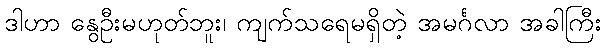
ဒါဟာ နွေဦးမဟုတ်ဘူး၊ ကျက်သရေမရှိတဲ့ အမင်္ဂလာ အခါကြီး